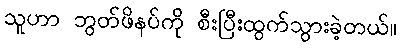
သူဟာ ဘွတ်ဖိနပ်ကို စီးပြီးထွက်သွားခဲ့တယ်။